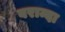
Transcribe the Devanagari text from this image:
बराम्दा